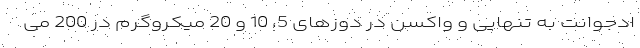
ادجوانت به تنهایی و واکسن در دوزهای 5، 10 و 20 میکروگرم در 200 می